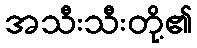
အသီးသီးတို့၏